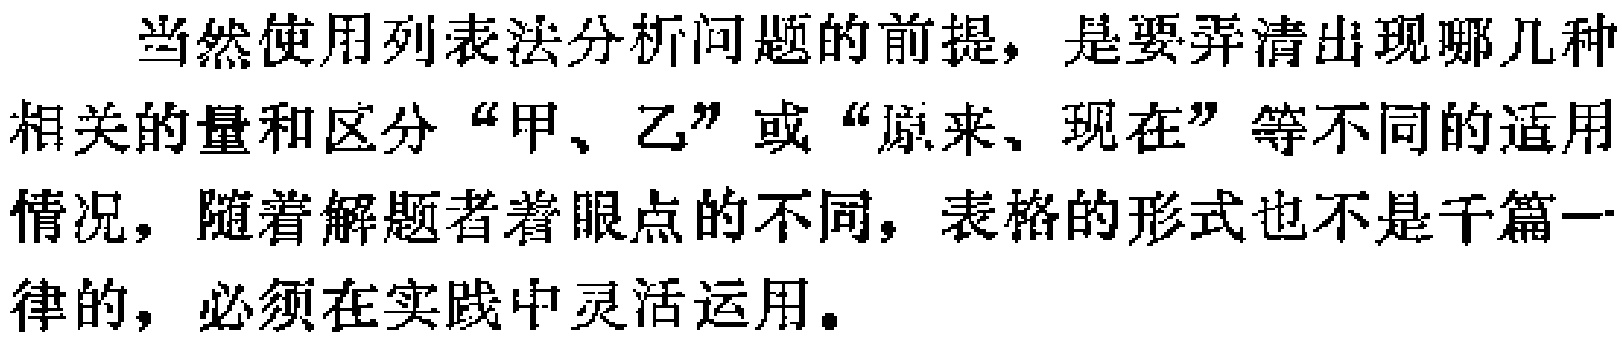
当然使用列表法分析问题的前提，是要弄清出现哪几种相关的量和区分“甲、乙”或“原来、现在”等不同的适用情况，随着解题者着眼点的不同，表格的形式也不是千篇一律的，必须在实践中灵活运用。